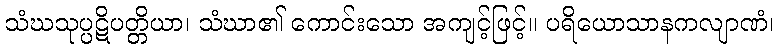
သံဃသုပ္ပဋိပတ္တိယာ၊ သံဃာ၏ ကောင်းသော အကျင့်ဖြင့်။ ပရိယောသာနကလျာဏံ၊